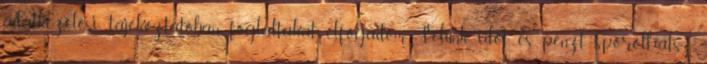
adatkezelési tájékoztatóban foglaltakat elfogadom Velünk időt és pénzt spórolhatsz